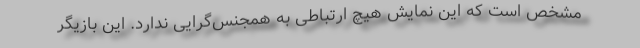
مشخص است که این نمایش هیچ ارتباطی به همجنس‌گرایی ندارد. این بازیگر